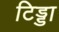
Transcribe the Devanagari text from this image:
टिड्डा